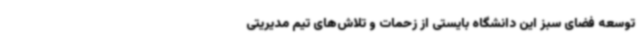
توسعه فضای سبز این دانشگاه بایستی از زحمات و تلاش‌های تیم مدیریتی